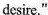
desire."